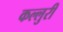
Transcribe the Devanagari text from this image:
कल्लुरी